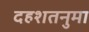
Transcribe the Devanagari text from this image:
दहशतनुमा